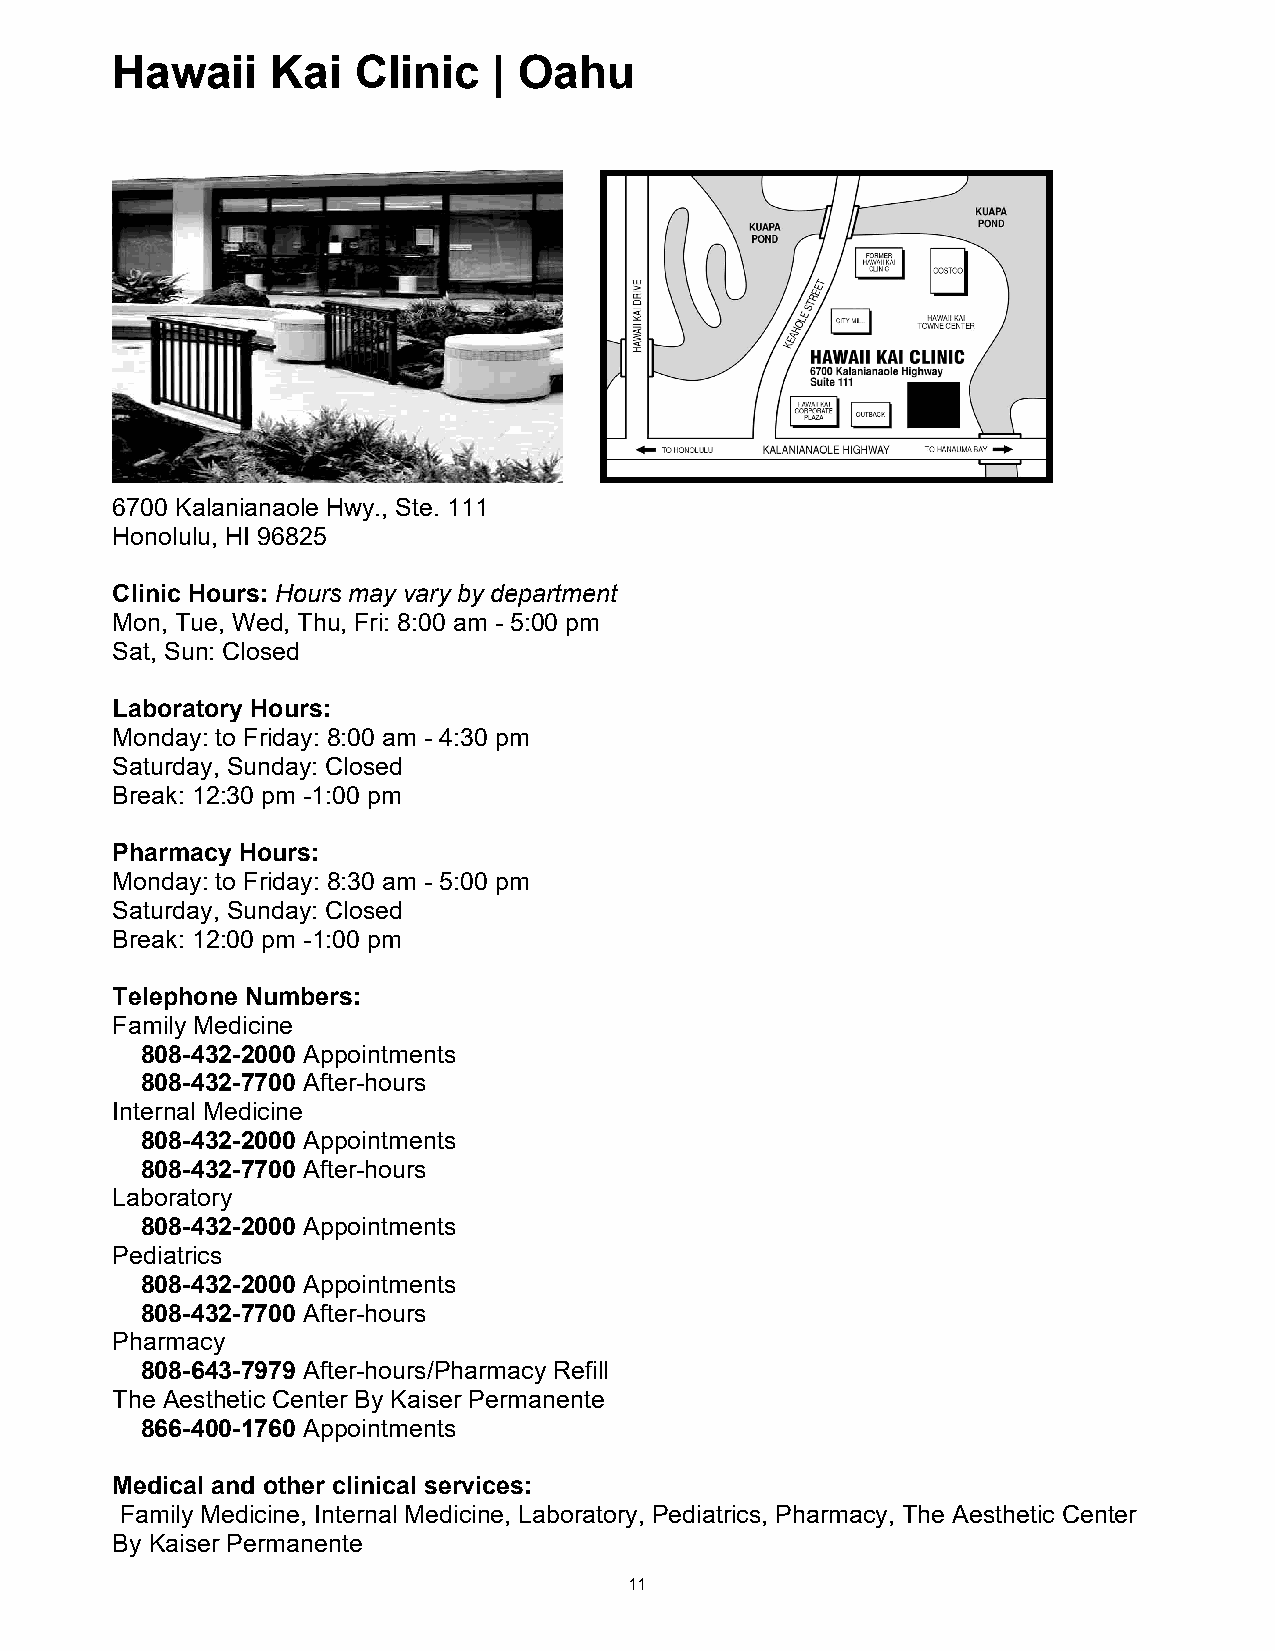
Hawaii     Kai  Clinic    | Oahu
 Hawaii Kai Clinic | Oahu
 6700 Kalanianaole Hwy., Ste. 111
 Honolulu, HI 96825
 Clinic Hours: Hours may vary by department
 Mon, Tue, Wed, Thu, Fri: 8:00 am - 5:00 pm
 Sat, Sun: Closed
 Laboratory Hours:
 Monday: to Friday: 8:00 am - 4:30 pm
 Saturday, Sunday: Closed
 Break: 12:30 pm -1:00 pm
 Pharmacy Hours:
 Monday: to Friday: 8:30 am - 5:00 pm
 Saturday, Sunday: Closed
 Break: 12:00 pm -1:00 pm
 Telephone Numbers:
 Family Medicine
 808-432-2000 Appointments
 808-432-7700 After-hours
 Internal Medicine
 808-432-2000 Appointments
 808-432-7700 After-hours
 Laboratory
 808-432-2000 Appointments
 Pediatrics
 808-432-2000 Appointments
 808-432-7700 After-hours
 Pharmacy
 808-643-7979 After-hours/Pharmacy Refill
 The Aesthetic Center By Kaiser Permanente
 866-400-1760 Appointments
 Medical and other clinical services:
 Family Medicine, Internal Medicine, Laboratory, Pediatrics, Pharmacy, The Aesthetic Center
 By Kaiser Permanente
 11